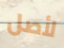
لأصل